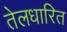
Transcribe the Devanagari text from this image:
तेलधारित